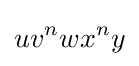
uv^{n}wx^{n}y